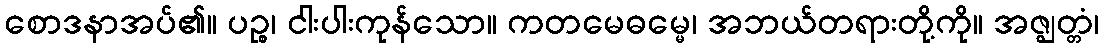
စောဒနာအပ်၏။ ပဉ္စ၊ ငါးပါးကုန်သော။ ကတမေဓမ္မေ၊ အဘယ်တရားတို့ကို။ အဇ္ဈတ္တံ၊